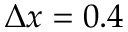
\Delta x = 0 . 4